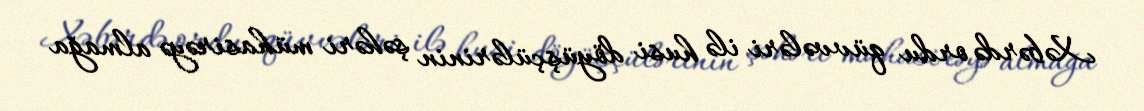
Xəbərdə ordu qüvvələri ilə husi döyüşçülərinin şəhəri mühasirəyə almağa